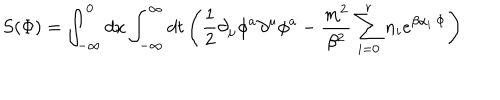
LaTeX: S ( \Phi ) = \int _ { - \infty } ^ { 0 } d x \int _ { - \infty } ^ { \infty } d t \left( \frac { 1 } { 2 } \partial _ { \mu } \phi ^ { a } \partial ^ { \mu } \phi ^ { a } - \frac { m ^ { 2 } } { \beta ^ { 2 } } \sum _ { i = 0 } ^ { r } n _ { i } e ^ { \beta \alpha _ { i } \cdot \Phi } \right)